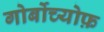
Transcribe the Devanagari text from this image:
गोर्बोच्योफ़